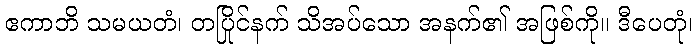
ဧကာဘိ သမယတံ၊ တပြိုင်နက် သိအပ်သော အနက်၏ အဖြစ်ကို။ ဒီပေတုံ၊